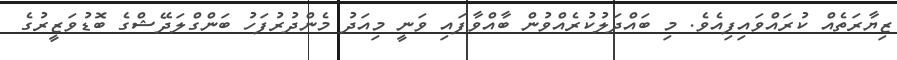
ޒިޔާރަތެއް ކުރައްވައިފިއެވެ. މި ބައްދަލުކުރެއްވުން ބާއްވާފައި ވަނީ މިއަދު މެންދުރުފަހު ބަންގްލަދޭޝްގެ ބޮޑުވަޒީރުގެ